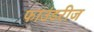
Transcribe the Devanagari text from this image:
फाउंडरीज